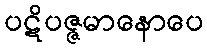
ပဋိပဇ္ဇမာနောပေ